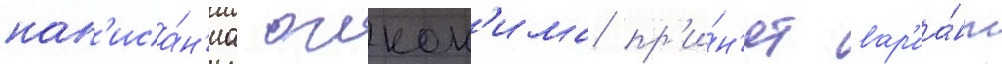
нап'иса́н'иа оикон'има пр'и́н'ят вар'иа́нт